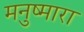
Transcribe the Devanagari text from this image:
मनुष्मारा